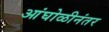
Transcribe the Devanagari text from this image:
आंघोळीनंतर